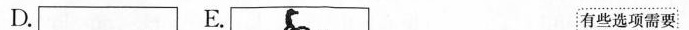
D. E. 有些选项需要